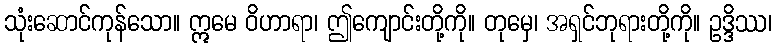
သုံးဆောင်ကုန်သော။ ဣမေ ဝိဟာရာ၊ ဤကျောင်းတို့ကို။ တုမှေ၊ အရှင်ဘုရားတို့ကို။ ဥဒ္ဒိဿ၊